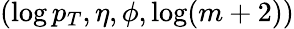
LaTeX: (\log p_{T},\eta,\phi,\log(m+2))